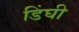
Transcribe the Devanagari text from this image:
डिंघी